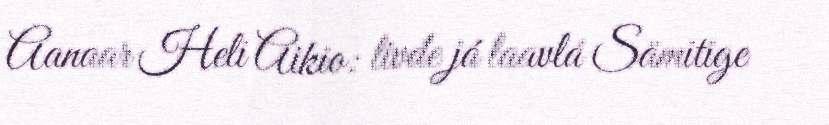
Aanaar Heli Aikio: livđe já laavlá Sämitige